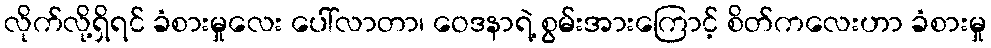
လိုက်လို့ရှိရင် ခံစားမှုလေး ပေါ်လာတာ၊ ဝေဒနာရဲ့ စွမ်းအားကြောင့် စိတ်ကလေးဟာ ခံစားမှု